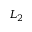
L _ { 2 }